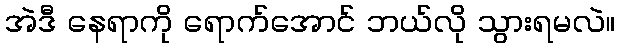
အဲဒီ နေရာကို ရောက်အောင် ဘယ်လို သွားရမလဲ။